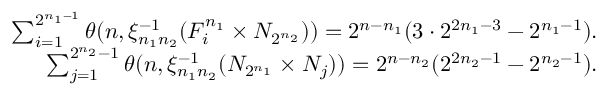
\begin{array} { r l r } & { } & { \sum _ { i = 1 } ^ { 2 ^ { n _ { 1 } - 1 } } \theta ( n , \xi _ { n _ { 1 } n _ { 2 } } ^ { - 1 } ( F _ { i } ^ { n _ { 1 } } \times N _ { 2 ^ { n _ { 2 } } } ) ) = 2 ^ { n - n _ { 1 } } ( 3 \cdot 2 ^ { 2 n _ { 1 } - 3 } - 2 ^ { n _ { 1 } - 1 } ) . } \\ & { } & { \sum _ { j = 1 } ^ { 2 ^ { n _ { 2 } } - 1 } \theta ( n , \xi _ { n _ { 1 } n _ { 2 } } ^ { - 1 } ( N _ { 2 ^ { n _ { 1 } } } \times N _ { j } ) ) = 2 ^ { n - n _ { 2 } } ( 2 ^ { 2 n _ { 2 } - 1 } - 2 ^ { n _ { 2 } - 1 } ) . } \end{array}